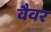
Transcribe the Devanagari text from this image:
वैवर